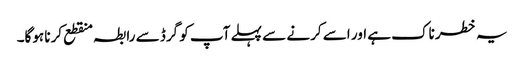
یہ خطرناک ہے اور اسے کرنے سے پہلے آپ کو گرڈ سے رابطہ منقطع کرنا ہوگا۔